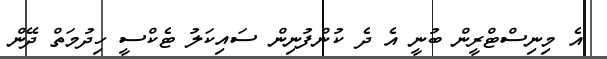
އެ މިނިސްޓްރީން ބުނީ އެ ދެ ކުންފުނިން ސައިކަލު ޓެކްސީ ހިދުމަތް ދޭން